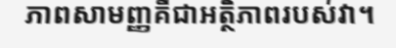
ភាពសាមញ្ញគឺជាអត្ថិភាពរបស់វា។